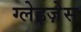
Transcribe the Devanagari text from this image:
ग्लेइज़ेस